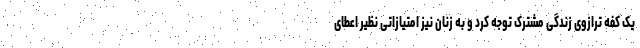
یک کفه ترازوی زندگی مشترک توجه کرد و به زنان نیز امتیازاتی نظیر اعطای